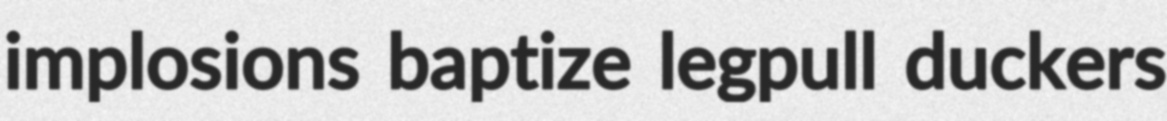
implosions baptize legpull duckers